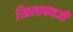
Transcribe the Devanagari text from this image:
खिलाफवर्जी